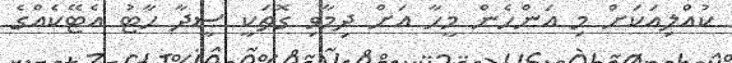
ކުއްލިއަކަށް މި އަންހެން މީހާ އަށް ދިމާވި ގޮތަކީ ސީދާ ހާޓު އެޓޭކެއްގެ